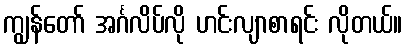
ကျွန်တော် အင်္ဂလိပ်လို ဟင်းလျာစာရင်း လိုတယ်။